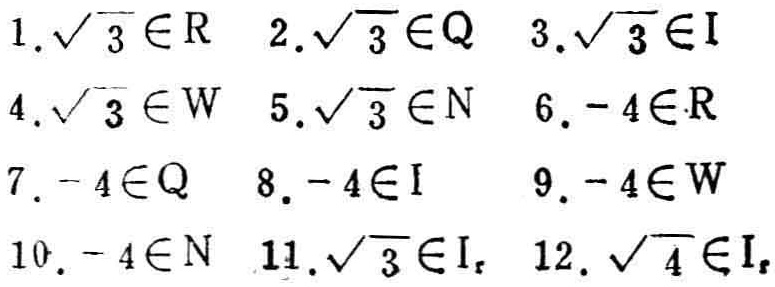
1. $\sqrt{3} \in \mathbb{R}$  2. $\sqrt{3} \in \mathbb{Q}$  3. $\sqrt{3} \in \mathbb{I}$
4. $\sqrt{3} \in \mathbb{W}$  5. $\sqrt{3} \in \mathbb{N}$  6. $-4 \in \mathbb{R}$
7. $-4 \in \mathbb{Q}$  8. $-4 \in \mathbb{I}$  9. $-4 \in \mathbb{W}$
10. $-4 \in \mathbb{N}$  11. $\sqrt{3} \in \mathbb{I}_{r}$  12. $\sqrt{4} \in \mathbb{I}_{r}$